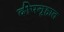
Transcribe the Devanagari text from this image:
दीपगृहात